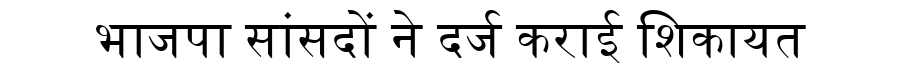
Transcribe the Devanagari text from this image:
भाजपा सांसदों ने दर्ज कराई शिकायत